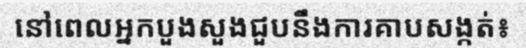
នៅពេលអ្នកបួងសួងជួបនឹងការគាបសង្កត់៖